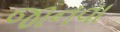
જાનવા